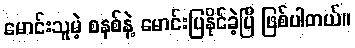
မောင်းသူမဲ့ စနစ်နဲ့ မောင်းပြနိုင်ခဲ့ပြီ ဖြစ်ပါတယ်။